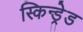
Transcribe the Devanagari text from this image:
स्किन्ड्रेड